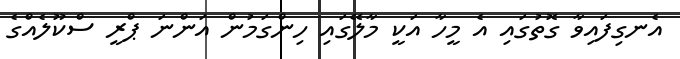
އެނގިފައިވާ ގޮތުގައި އެ މީހާ އަކީ މާލޭގައި ހިންގަމުން އަންނަ ޕްރީ ސްކޫލެއްގެ